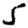
Digit: 5